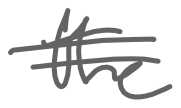
Text: the
Cross-out: double-line
Writing tool: digital_gray